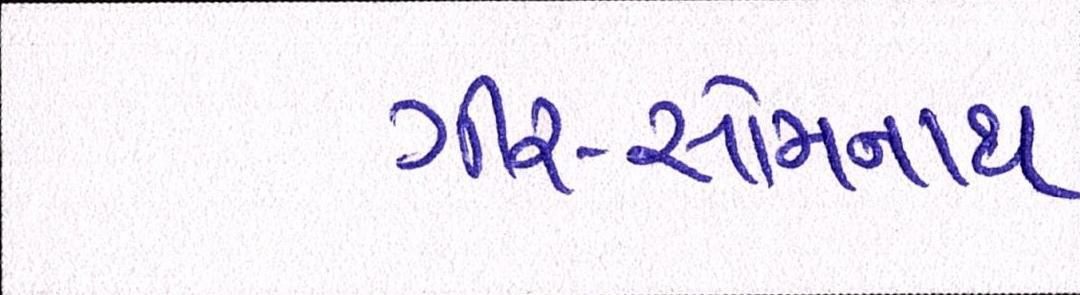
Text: ગીર-સોમનાથ